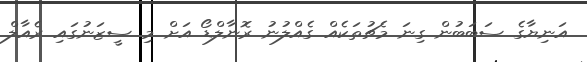
އަނިޔާގެ ސަބަބުން ގިނަ މެޗުތަކެއް ގެއްލުނު ރޮނާލްޑޯ އަށް މި ސީޒަނުގައި ރެއާލް